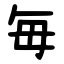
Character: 毎